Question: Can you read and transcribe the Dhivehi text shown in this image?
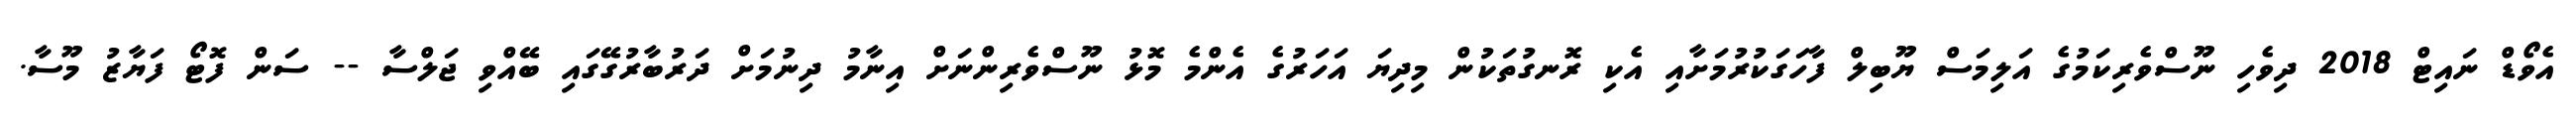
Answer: އެވޯޑް ނައިޓް 2018 ދިވެހި ނޫސްވެރިކަމުގެ އަލިމަސް ޔޫބިލް ފާހަގަކުރުމަށާއި އެކި ރޮނގުތަކުން މިދިޔަ އަހަރުގެ އެންމެ މޮޅު ނޫސްވެރިންނަށް އިނާމު ދިނުމަށް ދަރުބާރުގޭގައި ބޭއްވި ޖަލްސާ -- ސަން ފޮޓޯ ފަޔާޒު މޫސާ.